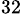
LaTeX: ^{32}